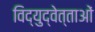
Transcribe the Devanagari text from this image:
विद्युद्वेत्ताओं